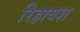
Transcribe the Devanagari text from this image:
रिहायश